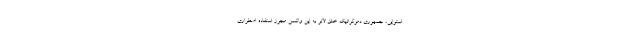
استوایی، جمهوری دموکراتیک خلق لائو به این واکسن مجوز استفاده اضطراری